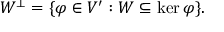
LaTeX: W ^ { \perp } = \{ \varphi \in V ^ { \prime } : W \subseteq \ker \varphi \} .